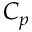
C _ { p }